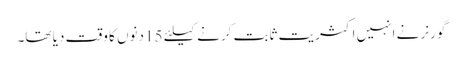
گورنر نے انہیں اکثریت ثابت کرنے کیلئے 15 دنوں کا وقت دیا تھا۔